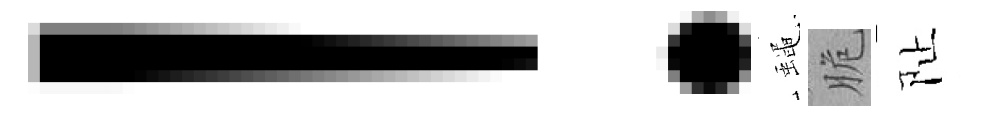
！蠅脆阯